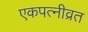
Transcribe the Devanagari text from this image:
एकपत्‍नीव्रत